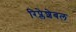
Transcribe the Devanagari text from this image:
रिप्लेशेबल